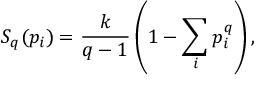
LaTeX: S _ { q } ( { p _ { i } } ) = { \frac { k } { q - 1 } } \left( 1 - \sum _ { i } p _ { i } ^ { q } \right) ,